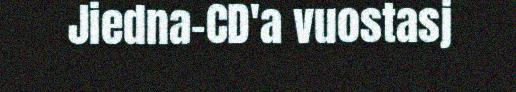
Jiedna-CD'a vuostasj